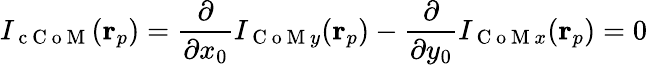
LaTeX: I_{\mathrm{~c~C~o~M~}}(\mathbf{r}_{p})=\frac{\partial}{\partial x_{0}}I_{\mathrm{~C~o~M~}y}(\mathbf{r}_{p})-\frac{\partial}{\partial y_{0}}I_{\mathrm{~C~o~M~}x}(\mathbf{r}_{p})=0